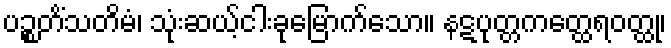
ပဉ္စတိံသတိမံ၊ သုံးဆယ့်ငါးခုမြောက်သော။ နဋပုတ္တကတ္ထေရဝတ္ထု၊